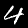
Digit: 4